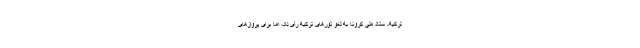
ترکیه، ستاد ملی کرونا به لغو تورهای ترکیه رأی داد، اما برای پروازهای